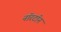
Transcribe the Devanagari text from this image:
नॉरटॉन